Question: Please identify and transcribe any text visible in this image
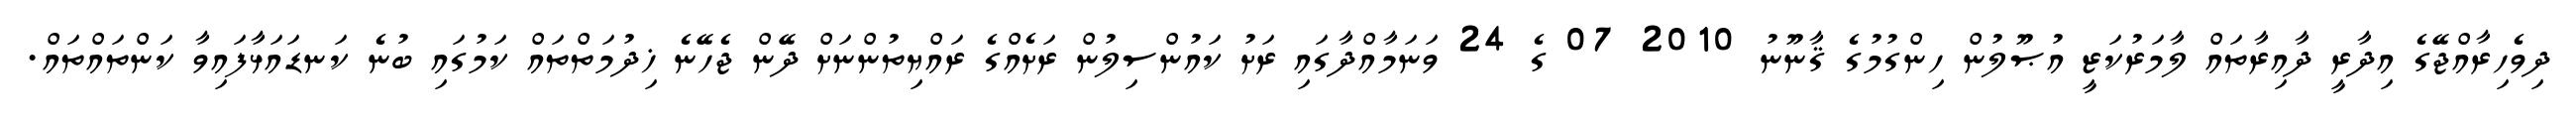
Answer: ދިވެހިރާއްޖޭގެ އިދާރީ ދާއިރާތައް ލާމަރުކަޒީ އުޞޫލުން ހިންގުމުގެ ޤާނޫނު 2010 07 ގެ 24 ވަނަމާއްދާގައި ރަށު ކައުންސިލުން ރަށެއްގެ ރައްޔިތުންނަށް ދޭން ޖެހޭނެ ޚިދުމަތްތައް ކަމުގައި ބުނެ ކަނޑައަޅާފައިވާ ކަންތައްތައް.